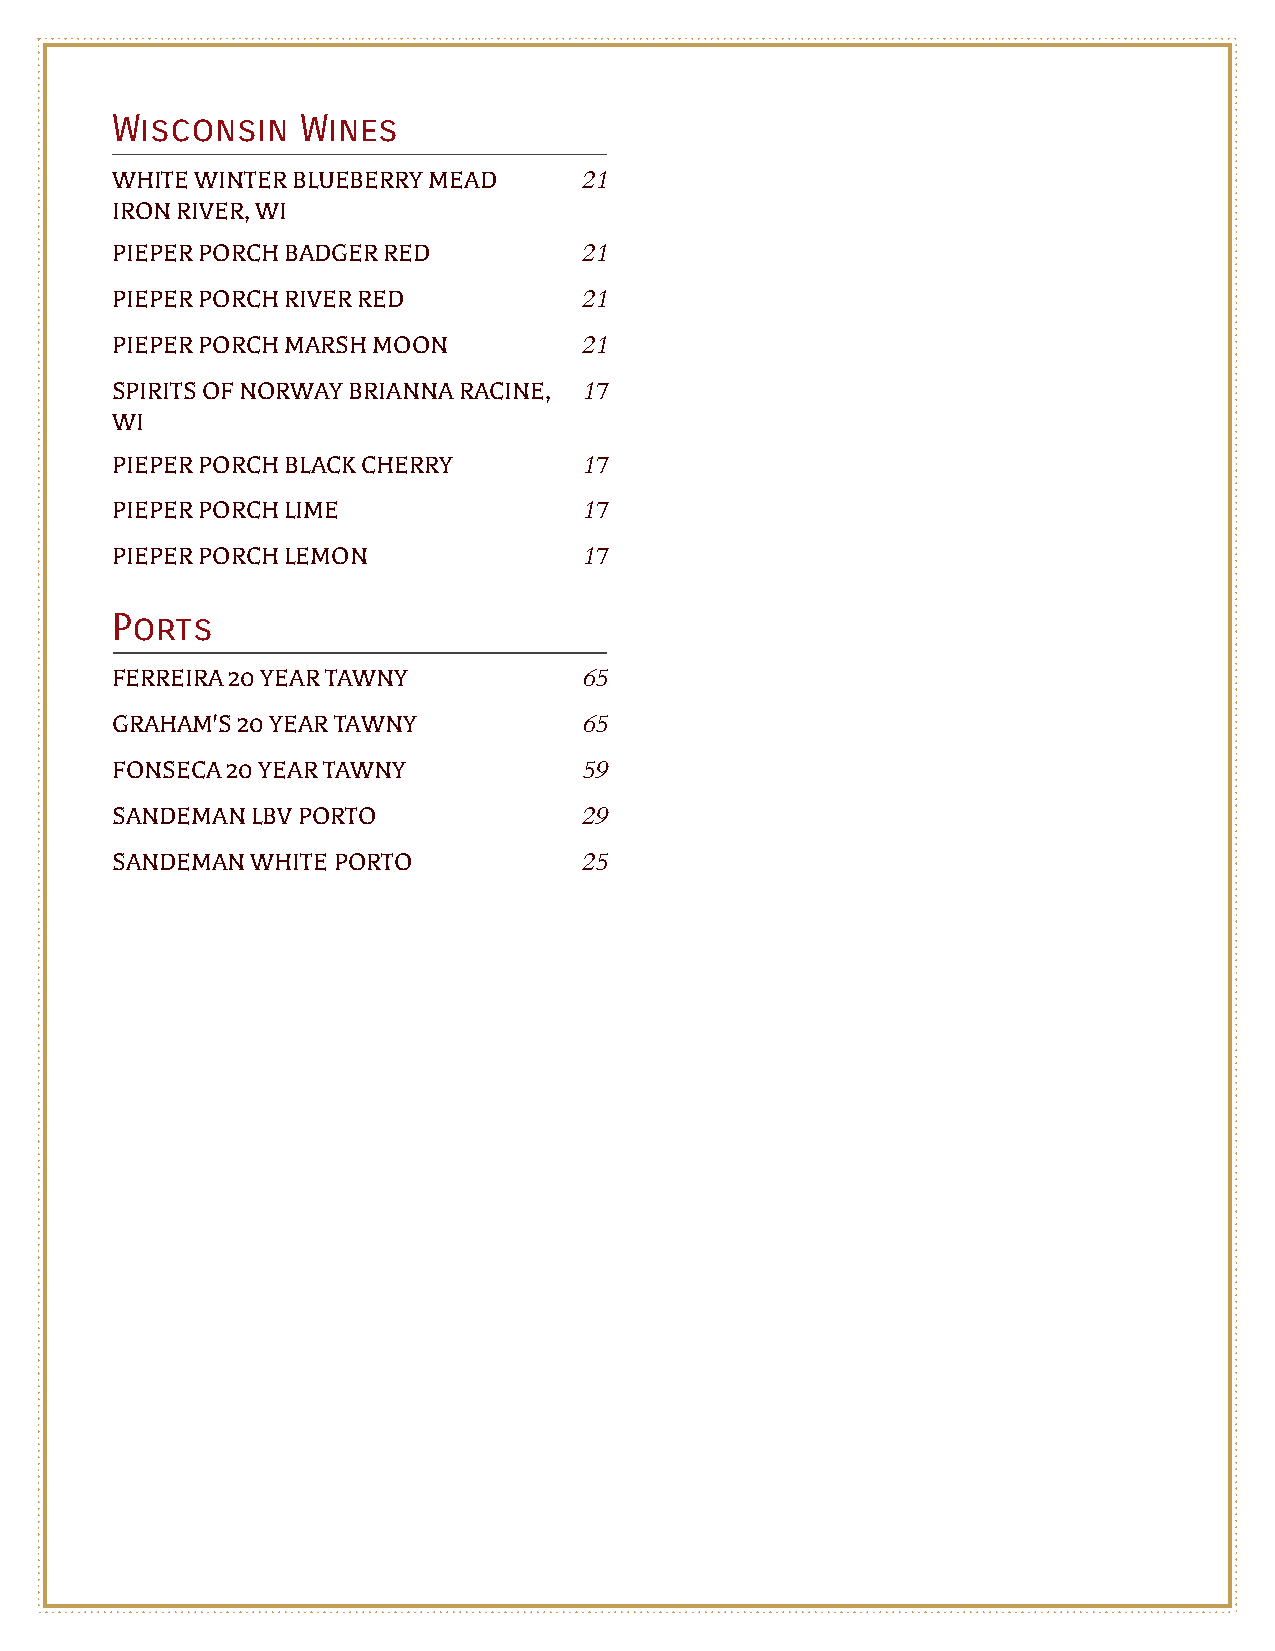
Wisconsin    Wines
 WHITE WINTER BLUEBERRY MEAD     21
 IRON RIVER, WI
 PIEPER PORCH BADGER RED         21
 PIEPER PORCH RIVER RED          21
 PIEPER PORCH MARSH MOON         21
 SPIRITS OF NORWAY BRIANNA RACINE, 17
 WI
 PIEPER PORCH BLACK CHERRY       17
 PIEPER PORCH LIME               17
 PIEPER PORCH LEMON              17
 Ports
 FERREIRA 20 YEAR TAWNY          65
 GRAHAM'S 20 YEAR TAWNY          65
 FONSECA 20 YEAR TAWNY           59
 SANDEMAN  LBV PORTO             29
 SANDEMAN  WHITE PORTO           25